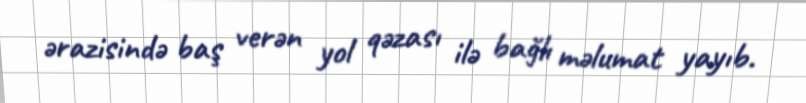
ərazisində baş verən yol qəzası ilə bağlı məlumat yayıb.